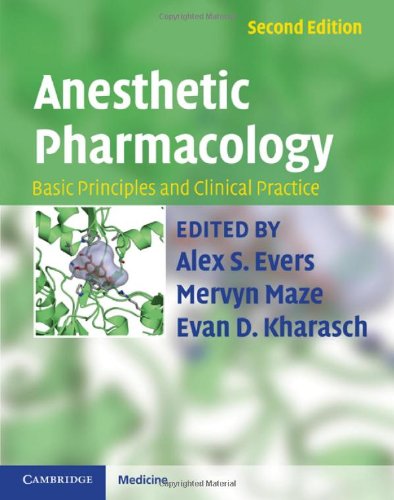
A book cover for Anesthetic Pharmacology: Basic Principles and Clinical Practice; Medical Books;